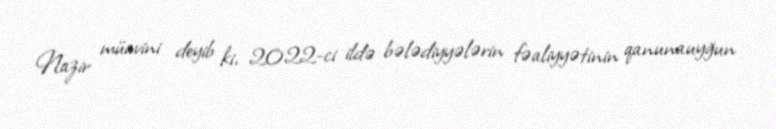
Nazir müavini deyib ki, 2022-ci ildə bələdiyyələrin fəaliyyətinin qanunauyğun